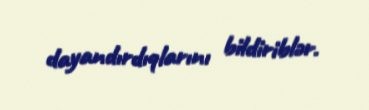
dayandırdıqlarını bildiriblər.